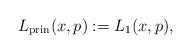
LaTeX: \begin{align*}L_\mathrm{prin}(x,p):=L_1(x,p),\end{align*}